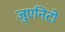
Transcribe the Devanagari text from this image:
जुएनिटो